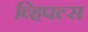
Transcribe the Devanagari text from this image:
व्हिपल्स